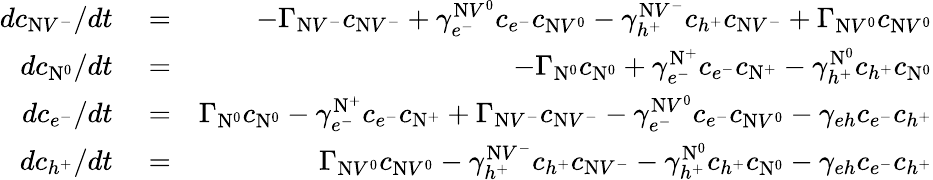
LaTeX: \begin{array}{rlr}{dc_{\mathrm{N}V^{-}}/dt}&{{}=}&{-\Gamma_{\mathrm{N}V^{-}}c_{\mathrm{N}V^{-}}+\gamma_{e^{-}}^{\mathrm{N}V^{0}}c_{e^{-}}c_{\mathrm{N}V^{0}}-\gamma_{h^{+}}^{\mathrm{N}V^{-}}c_{h^{+}}c_{\mathrm{N}V^{-}}+\Gamma_{\mathrm{N}V^{0}}c_{\mathrm{N}V^{0}}}\\ {dc_{\mathrm{N}^{0}}/dt}&{{}=}&{-\Gamma_{\mathrm{N}^{0}}c_{\mathrm{N}^{0}}+\gamma_{e^{-}}^{\mathrm{N}^{+}}c_{e^{-}}c_{\mathrm{N}^{+}}-\gamma_{h^{+}}^{\mathrm{N}^{0}}c_{h^{+}}c_{\mathrm{N}^{0}}}\\ {dc_{e^{-}}/dt}&{{}=}&{\Gamma_{\mathrm{N}^{0}}c_{\mathrm{N}^{0}}-\gamma_{e^{-}}^{\mathrm{N}^{+}}c_{e^{-}}c_{\mathrm{N}^{+}}+\Gamma_{\mathrm{N}V^{-}}c_{\mathrm{N}V^{-}}-\gamma_{e^{-}}^{\mathrm{N}V^{0}}c_{e^{-}}c_{\mathrm{N}V^{0}}-\gamma_{eh}c_{e^{-}}c_{h^{+}}}\\ {dc_{h^{+}}/dt}&{{}=}&{\Gamma_{\mathrm{N}V^{0}}c_{\mathrm{N}V^{0}}-\gamma_{h^{+}}^{\mathrm{N}V^{-}}c_{h^{+}}c_{\mathrm{N}V^{-}}-\gamma_{h^{+}}^{\mathrm{N}^{0}}c_{h^{+}}c_{\mathrm{N}^{0}}-\gamma_{eh}c_{e^{-}}c_{h^{+}}}\end{array}